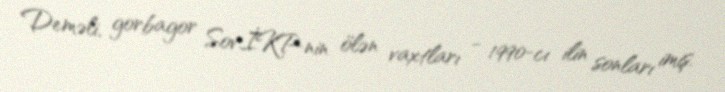
Deməli, gorbagor Sov.İKP-nin ölən vaxtları - 1990-cı ilin sonları imiş.